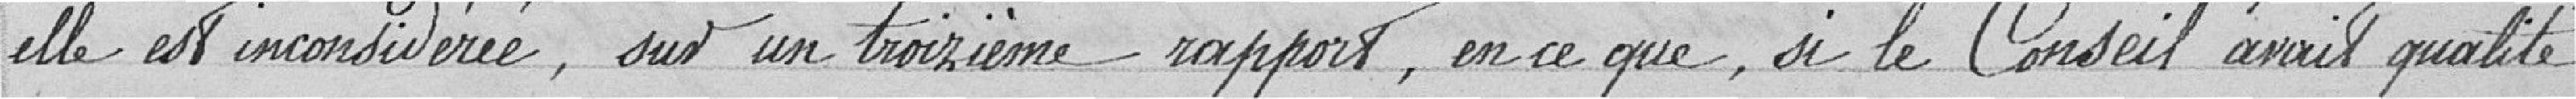
elle est considérée, sur un troisième rapport, en ce que, si le Conseil avait qualité